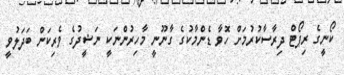
ކޯނީގެ ރިޕޯޓް ދިރާސާކުރުމަށް ހޮވާ ޑެންމާކުގެ ގާނޫނީ މާހިރުންނަކީ ނަޝީދުގެ ވެރިކަން ބަދަލުވީ